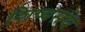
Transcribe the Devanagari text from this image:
शिष्यसंघ